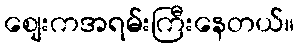
စျေးကအရမ်းကြီးနေတယ်။